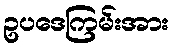
ဥပဒေကြမ်းအား